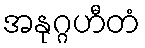
အနုဂ္ဂဟီတံ